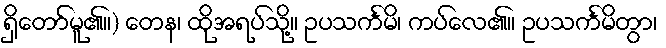
ရှိတော်မူ၏။) တေန၊ ထိုအရပ်သို့။ ဥပသင်္ကမိ၊ ကပ်လေ၏။ ဥပသင်္ကမိတွာ၊